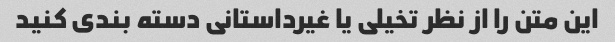
این متن را از نظر تخیلی یا غیرداستانی دسته بندی کنید